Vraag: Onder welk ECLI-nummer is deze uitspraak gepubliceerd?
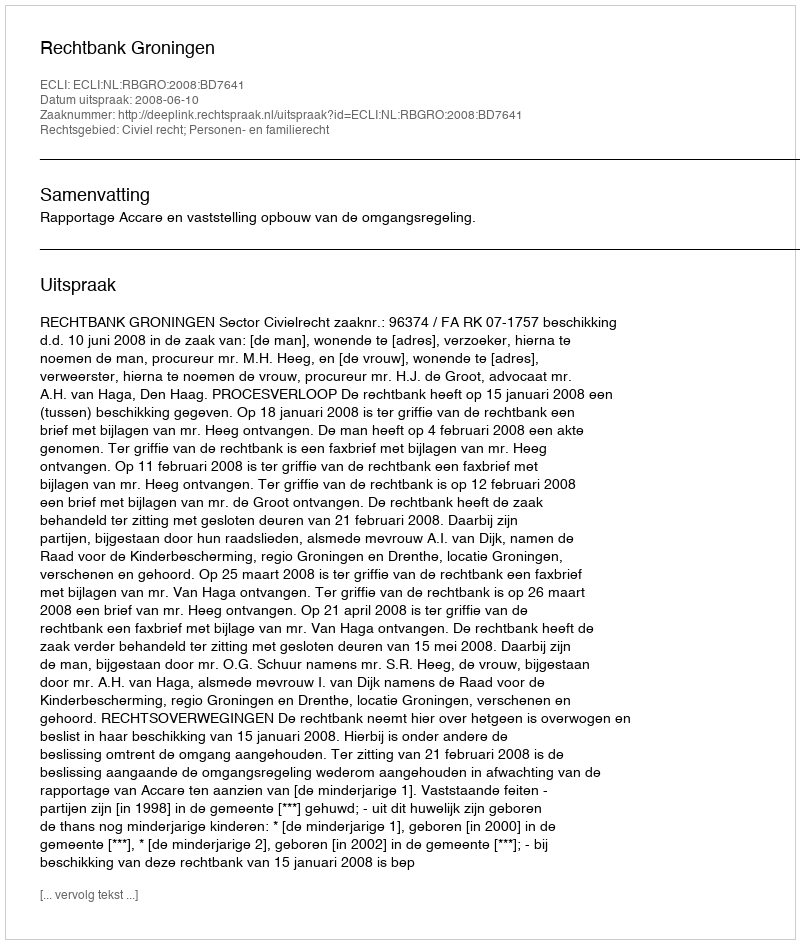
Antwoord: ECLI:NL:RBGRO:2008:BD7641